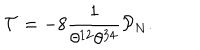
\mathcal { T } = - 8 \frac { 1 } { \theta ^ { 1 2 } \theta ^ { 3 4 } } \mathcal { P } _ { N } .